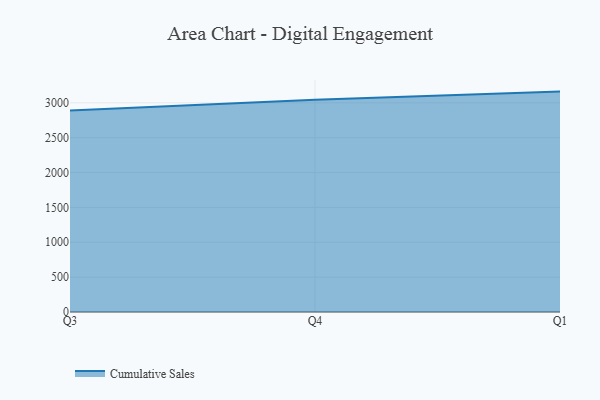
{"axis": {"x": "Quarter", "y": "Conversion Rate (%)"}, "legend": ["Cumulative Sales"], "data": [{"x": "Q3", "y": 2888.8, "type": "Cumulative Sales"}, {"x": "Q4", "y": 3044.4, "type": "Cumulative Sales"}, {"x": "Q1", "y": 3161.7, "type": "Cumulative Sales"}]}